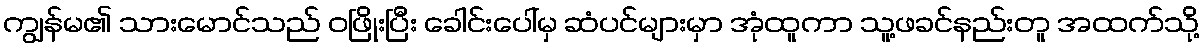
ကျွန်မ၏ သားမောင်သည် ဝဖြိုးပြီး ခေါင်းပေါ်မှ ဆံပင်များမှာ အုံထူကာ သူ့ဖခင်နည်းတူ အထက်သို့